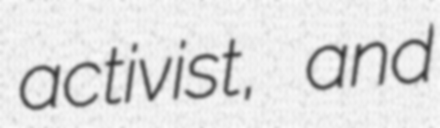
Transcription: activist, and